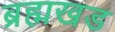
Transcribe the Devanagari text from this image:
ब्रह्मखड